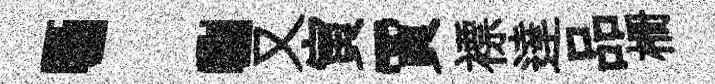
：又寅賈褾達品栅